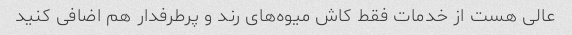
عالی هست از خدمات فقط کاش میوه‌های رند و پرطرفدار هم اضافی کنید